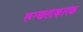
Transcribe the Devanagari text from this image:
रूग्णताकारक